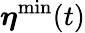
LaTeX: {\boldsymbol\eta}^{\mathrm{min}}(t)